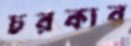
চরকার